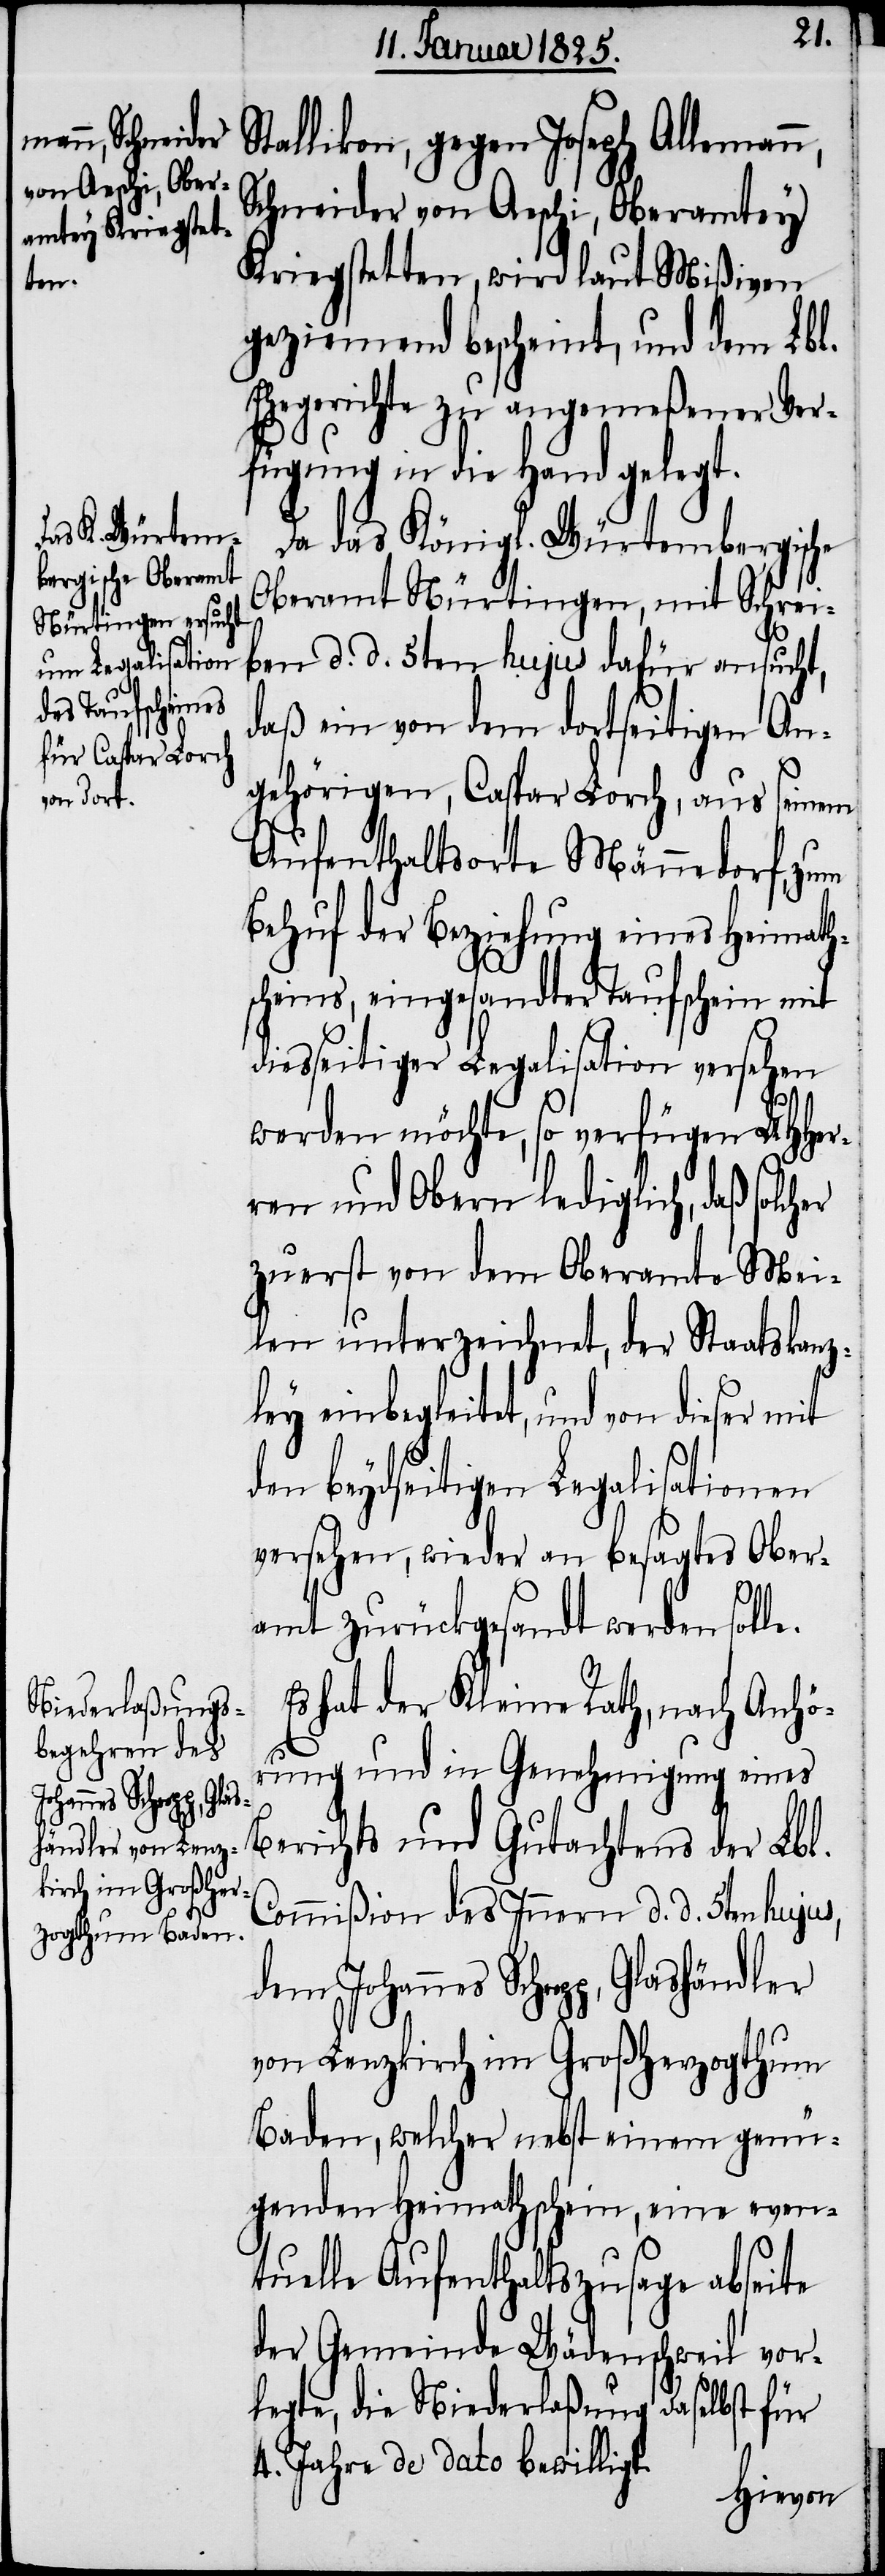
Stallikon, gegen Joseph Allemann,
Schneider von Aeschi, Oberamtey
Kriegstetten, wird laut Mißiven
geziemend bescheint, und dem Lbl.
Ehegerichte zu angemeßener Ver¬
fügung in die Hand gelegt.
Da das Königl. Würtembergische
Oberamt Nürtingen, mit Schrei¬
ben d. d. 5ten hujus dafür ansucht,
daß ein von dem dortseitigen An¬
gehörigen, Caspar Lorch, aus seinem
Aufenthaltsorte Männedorf, zum
Behuf der Beziehung eines Heimath¬
scheins, eingesandter Taufschein mit
diesseitiger Legalisation versehen
werden möchte, so verfügen UHHer¬
ren und Obern lediglich, daß solc¬
zuerst von dem Oberamte Mei¬
len unterzeichnet, der Staatskanz¬
ley einbegleitet, und von dieser mit
den beydseitigen Legalisationen
versehen, wieder an besagtes Ober¬
amt zurückgesandt werden soll¬
Es hat der Kleine Rath, nach Anhö¬
e.
rung und in Genehmigung eines
achtens der Lbl.
Commißion des Innern d. d. 5ten hujus,
dem Johannes Scheepp,
von Lenzkirch im Großherzogthum
Baden, welcher nebst einem genü¬
genden Heimathschein, eine even¬
tuelle Aufenthaltszusage abseite
der Gemeinde Wädenschweil vor¬
legte, die Niederlaßung daselbst für
4. Jahre de dato bewilligt.